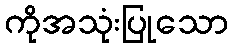
ကိုအသုံးပြုသော